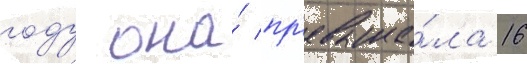
году она́ пр'евыша́ла 16